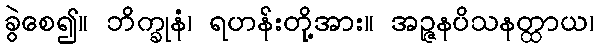
ခွဲစေ၍။ ဘိက္ခုနံ၊ ရဟန်းတို့အား။ အဉ္ဇနပိသနတ္ထာယ၊